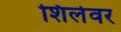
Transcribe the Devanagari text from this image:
शिलेवर